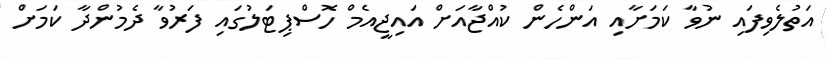
އަތުލެވިފައި ނުވާ ކަމަށާއި އަންހެން ކުއްޖާއަށް އައިޖީއެމް ހޮސްޕިޓަލުގައި ފަރުވާ ދެމުންދާ ކަމަށް